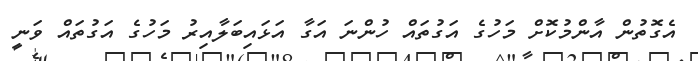
އެގޮތުން އާންމުކޮށް މަހުގެ އަގުތައް ހުންނަ އަގާ އަޅައިބަލާއިރު މަހުގެ އަގުތައް ވަނީ